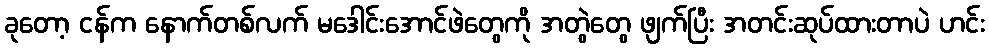
ခုတော့ ငန်က နောက်တစ်လက် မဒေါင်းအောင်ဖဲတွေကို အတွဲတွေ ဖျက်ပြီး အတင်းဆုပ်ထားတာပဲ ဟင်း